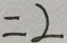
= 2